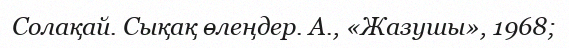
Солақай. Сықақ өлеңдер. А., «Жазушы», 1968;